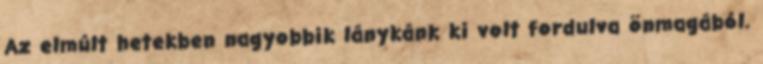
Az elmúlt hetekben nagyobbik lánykánk ki volt fordulva önmagából.